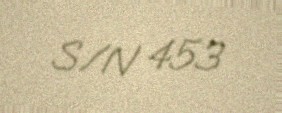
S/N 453